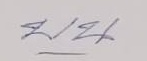
บน